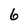
Character: 6